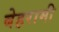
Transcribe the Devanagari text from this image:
बेहरामी